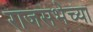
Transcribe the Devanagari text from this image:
राजसभेच्या